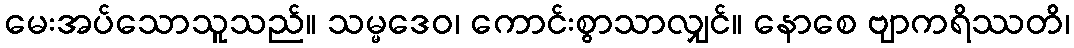
မေးအပ်သောသူသည်။ သမ္မဒေဝ၊ ကောင်းစွာသာလျှင်။ နောစေ ဗျာကရိဿတိ၊